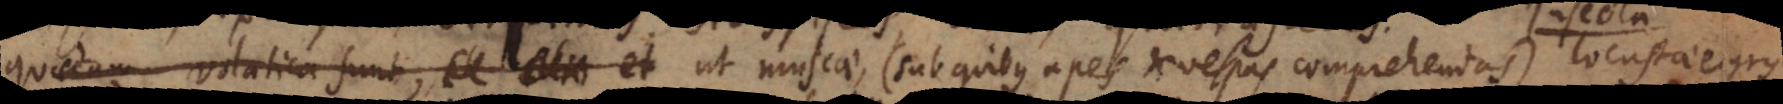
quaedam volatica sunt, (c) et ut muscae (sub quibus apes et vespas comprehendas), locustae,